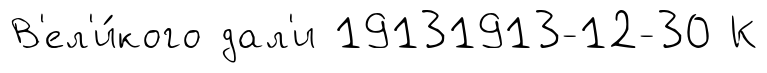
В'ел'и́кого дал'и 19131913-12-30 К